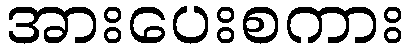
အားပေးစကား